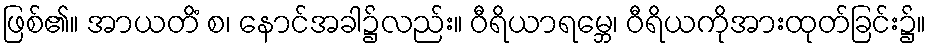
ဖြစ်၏။ အာယတိံ စ၊ နောင်အခါ၌လည်း။ ဝီရိယာရမ္ဘေ၊ ဝီရိယကိုအားထုတ်ခြင်း၌။